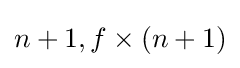
n+1,f\times (n+1)